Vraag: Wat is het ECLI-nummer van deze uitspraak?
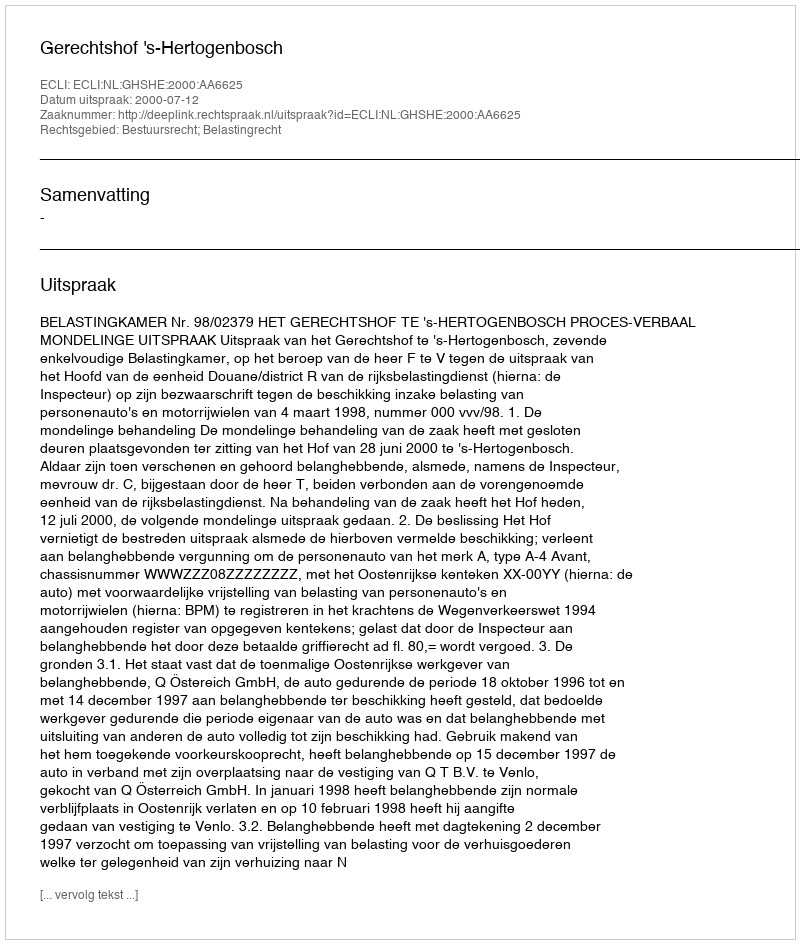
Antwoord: ECLI:NL:GHSHE:2000:AA6625